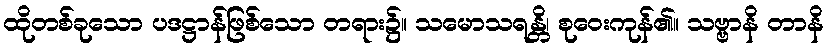
ထိုတစ်ခုသော ပဒဋ္ဌာန်ဖြစ်သော တရား၌။ သမောသရန္တိ၊ စုဝေးကုန်၏။ သဗ္ဗာနိ တာနိ